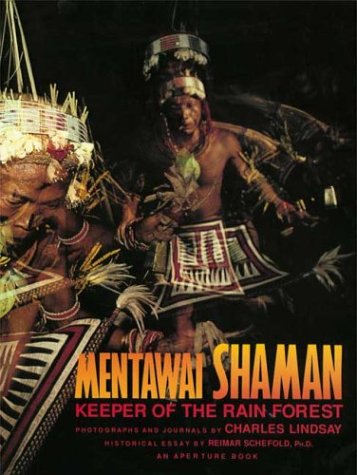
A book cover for Mentawai Shaman: Keeper of the Rain Forest; Charles Lindsay; Travel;